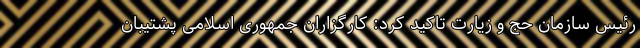
رئیس سازمان حج و زیارت تاکید کرد:‌ کارگزاران جمهوری اسلامی پشتیبان